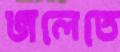
জলেতে